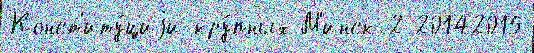
Конст'иту́циjи кру́пных М'инск-2 20142015